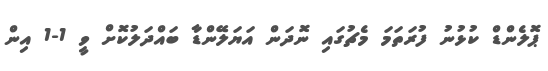
ޕޮލެންޑް ކުޅުނު ފުރަތަމަ މެޗުގައި ނޮދަން އަޔަލޭންޑާ ބައްދަލުކޮށް ވީ 1-1 އިން